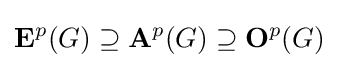
\mathbf {E} ^{p}(G)\supseteq \mathbf {A} ^{p}(G)\supseteq \mathbf {O} ^{p}(G)